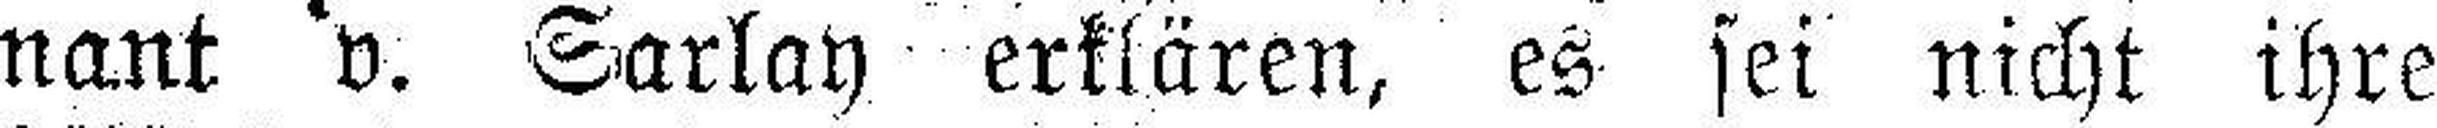
nant v. Sarlay erklären, es sei nicht ihre